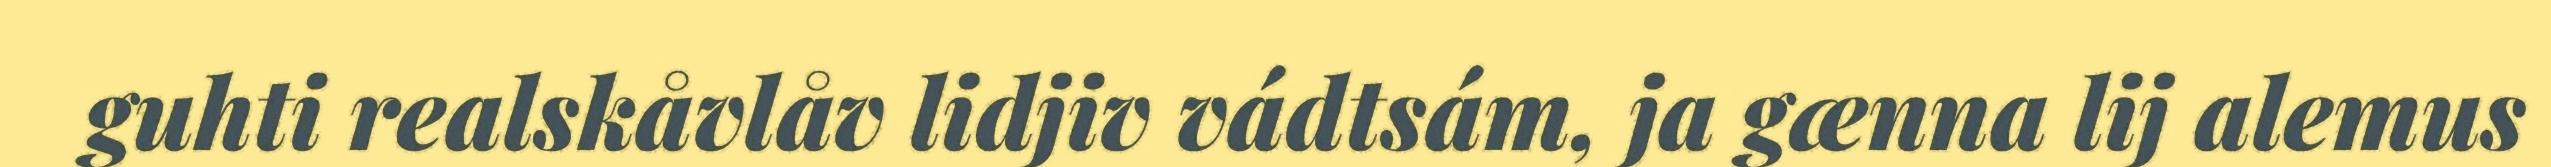
guhti realskåvlåv lidjiv vádtsám, ja gænna lij alemus